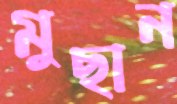
মুছান